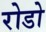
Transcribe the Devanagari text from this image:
रोडो